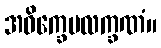
အဝိက္ခေပလက္ခဏံ။